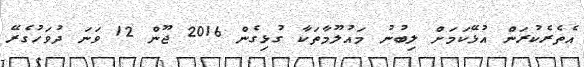
އެތެރެކުރަން އުޅޭކަމަށް ލިބުނު މައުލޫމާތަކާ ގުޅިގެން 2016 ޖޫން 12 ވަނަ ދުވަހުގެރޭ